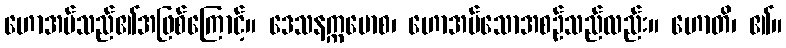
ဟောအပ်သည်၏အဖြစ်ကြောင့်။ ဒေသနက္ကမောစ၊ ဟောအပ်သောအစဉ်သည်လည်း။ ဟောတိ၊ ၏။